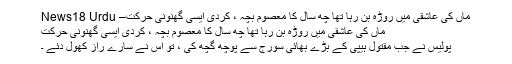
ماں کی عاشقی میں روڑہ بن رہا تھا چھ سال کا معصوم بچہ ، کردی ایسی گھنونی حرکت– News18 Urdu
ماں کی عاشقی میں روڑہ بن رہا تھا چھ سال کا معصوم بچہ ، کردی ایسی گھنونی حرکت
پولیس نے جب مقتول ہیپی کے بڑے بھائی سورج سے پوچھ گچھ کی ، تو اس نے سارے راز کھول دئے ۔